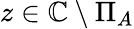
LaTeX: z\in\mathbb{C}\setminus\Pi_{A}